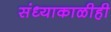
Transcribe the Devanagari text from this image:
संध्याकाळीही